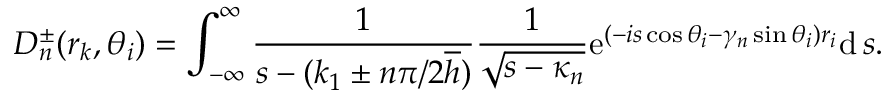
D _ { n } ^ { \pm } ( r _ { k } , \theta _ { i } ) = \int _ { - \infty } ^ { \infty } \frac { 1 } { s - ( k _ { 1 } \pm n \pi / 2 \overline { { h } } ) } \frac { 1 } { \sqrt { s - \kappa _ { n } } } \mathrm { e } ^ { ( - i s \cos \theta _ { i } - \gamma _ { n } \sin \theta _ { i } ) r _ { i } } \mathrm { d } \, s .